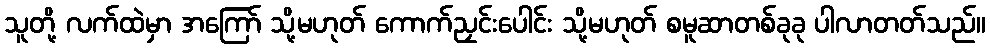
သူတို့ လက်ထဲမှာ အကြော် သို့မဟုတ် ကောက်ညှင်းပေါင်း သို့မဟုတ် စမူဆာတစ်ခုခု ပါလာတတ်သည်။